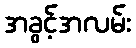
အခွင့်အလမ်း